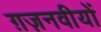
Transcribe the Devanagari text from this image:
ग़ज़नवीयों